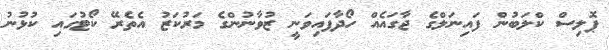
ޕޮލިސް ކްލަބުން ފައިނަލްގެ ޖާގައެއް ހޯދާފައިވަނީ ޒުވާނުންގެ މަރުކަޒު އެތެރޭ ކޯޓުގައި ކުޅުނު